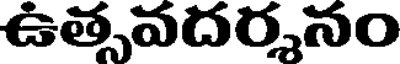
ఉత్సవదర్శనం